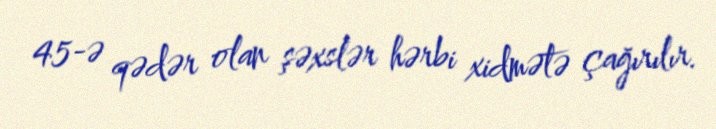
45-ə qədər olan şəxslər hərbi xidmətə çağırılır.